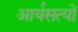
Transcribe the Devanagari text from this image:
आर्यसत्यों